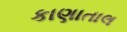
કાણાતાલ